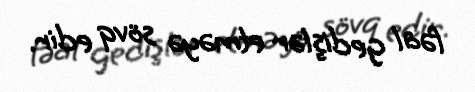
fəal gedişlər etməyə sövq edir.